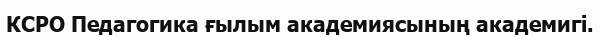
КСРО Педагогика ғылым академиясының академигі.